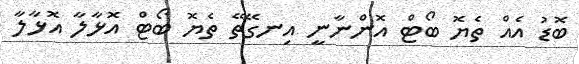
ބޮޑު އެއް ތެޔޮ ބޯޓް އޮންނާނީ އިނގޭތޭ ތެޔޮ ބޯޓް އޮޅާލާ އޮޅާލާ